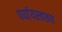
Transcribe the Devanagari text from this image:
पर्यायस्वरूप